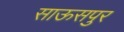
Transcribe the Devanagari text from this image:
साऊसपुर